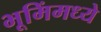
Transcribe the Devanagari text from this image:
भूमिंमध्ये